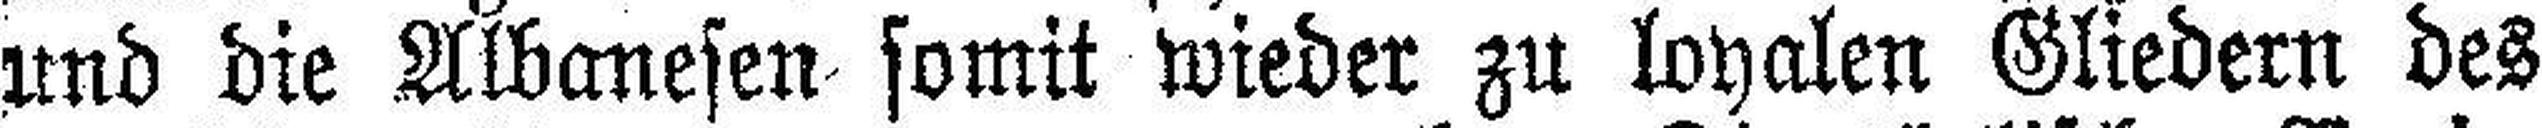
und die Albanesen somit wieder zu loyalen Gliedern des